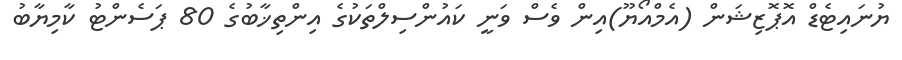
ޔުނައިޓެޑް އޮޕޮޒިޝަން (އެމްއޯޔޫ)އިން ވެސް ވަނީ ކައުންސިލްތަކުގެ އިންތިޚާބުގެ 80 ޕަސެންޓު ކާމިޔާބު